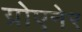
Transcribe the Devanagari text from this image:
ग्रोएनेर